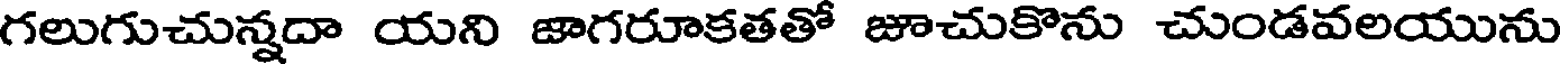
గలుగుచున్నదా యని జాగరూకతతో జూచుకొను చుండవలయును